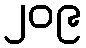
၂၀၉